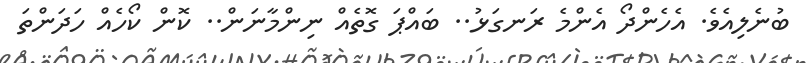
ބުނެލިއެވެ. އެހެންދޯ އެންމެ ރަނގަޅު.. ބައްޕަ ގޮތެއް ނިންމާނަން.. ކޮން ކޯހެއް ހަދަންތަ